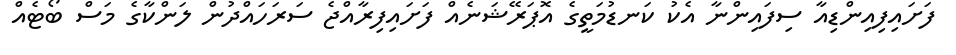
ފަށައިފިއިންޑިއާ ސިފައިންނާ އެކު ކަނޑުމަތީގެ އޮޕަރޭޝަނެއް ފަށައިފިރާއްޖެ ސަރަހައްދުން ލަންކާގެ މަސް ބޯޓެއް